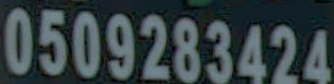
0509283424